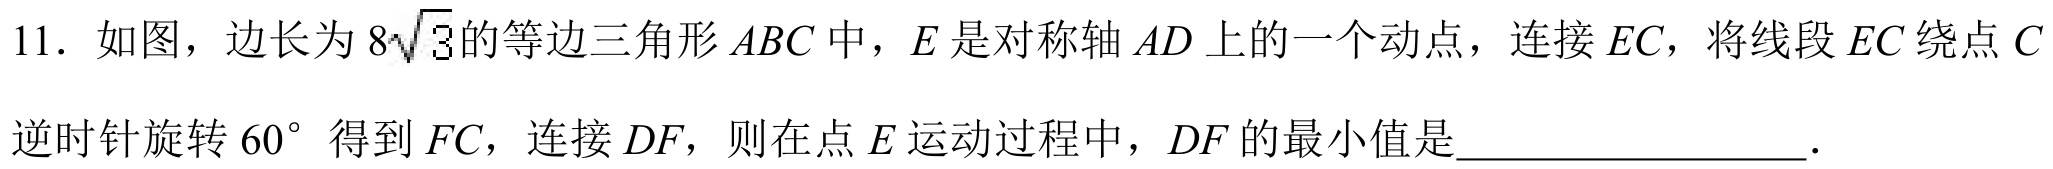
11. 如图，边长为\(8\sqrt{3}\)的等边三角形\(ABC\)中，\(E\)是对称轴\(AD\)上的一个动点，连接\(EC\)，将线段\(EC\)绕点\(C\)逆时针旋转\(60^{\circ}\)得到\(FC\)，连接\(DF\)，则在点\(E\)运动过程中，\(DF\)的最小值是________________．